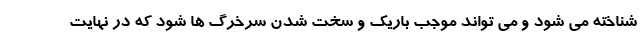
شناخته می شود و می تواند موجب باریک و سخت شدن سرخرگ ها شود که در نهایت